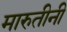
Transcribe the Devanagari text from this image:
मारुतीनी